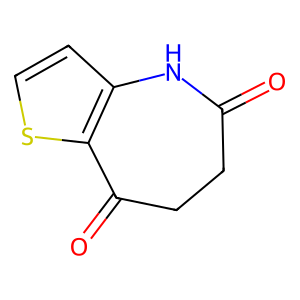
SMILES: O=C1CCC(=O)c2sccc2N1
Inhibits HIV replication: No